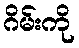
ဂိမ်းကို